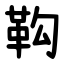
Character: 䩓